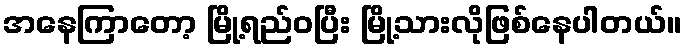
အနေကြာတော့ မြို့ရည်ဝပြီး မြို့သားလိုဖြစ်နေပါတယ်။